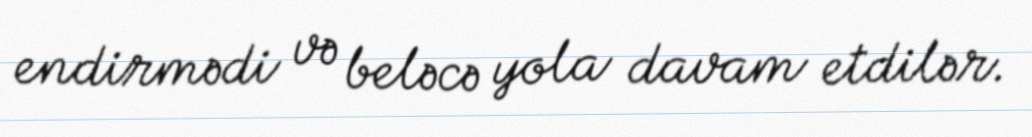
endirmədi və beləcə yola davam etdilər.